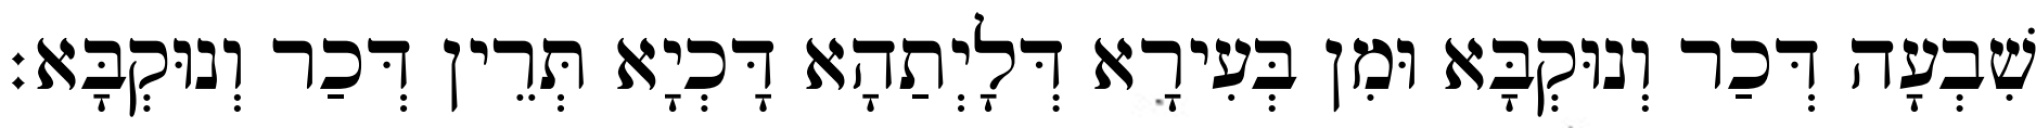
שִׁבְעָה דְּכַר וְנוּקְבָּא וּמִן בְּעִירָא דְּלָיְתַהָא דָּכְיָא תְּרֵין דְּכַר וְנוּקְבָּא׃